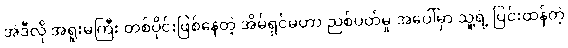
အဲဒီလို အရူးမကြီး တစ်ပိုင်းဖြစ်နေတဲ့ အိမ်ရှင်မဟာ ညစ်ပတ်မှု အပေါ်မှာ သူ့ရဲ့ ပြင်းထန်တဲ့